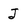
Character: J